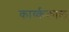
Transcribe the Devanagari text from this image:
कार्य्ककाल्